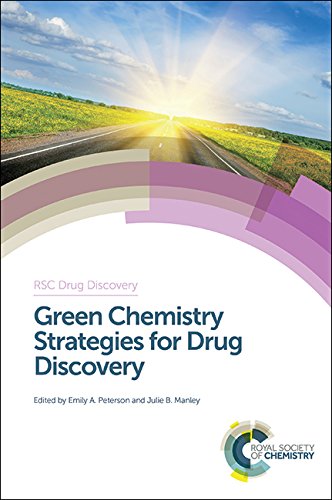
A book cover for Green Chemistry Strategies for Drug Discovery (RSC Drug Discovery); Medical Books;